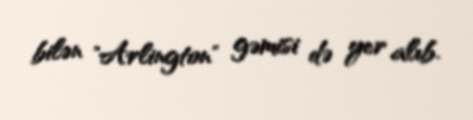
bilən "Arlington" gəmisi də yer alıb.